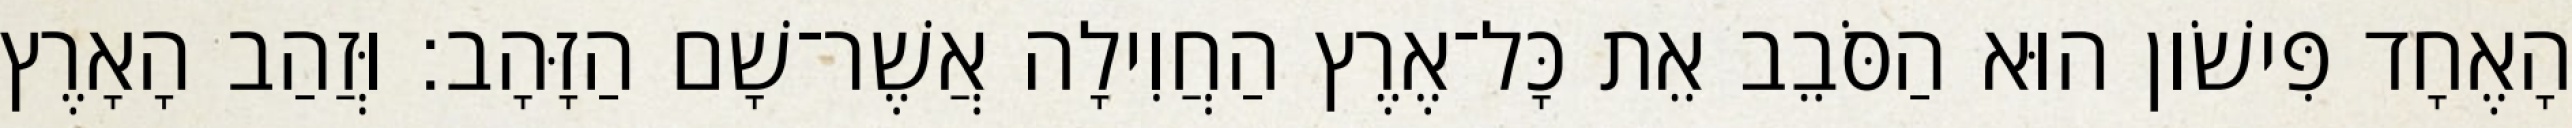
הָאֶחָד פִּישֹׁון הוּא הַסֹּבֵב אֵת כָּל־אֶרֶץ הַחֲוִילָה אֲשֶׁר־שָׁם הַזָּהָב׃ וּזֲהַב הָאָרֶץ